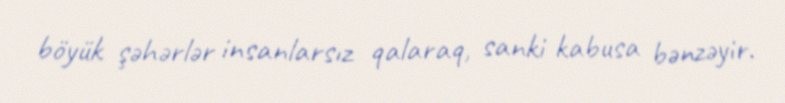
böyük şəhərlər insanlarsız qalaraq, sanki kabusa bənzəyir.